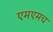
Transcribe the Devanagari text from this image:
एमएमच